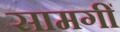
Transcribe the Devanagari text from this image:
सामगीं